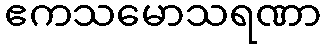
ဧကသမောသရဏာ